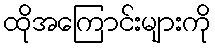
ထိုအကြောင်းများကို